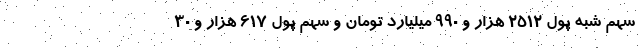
سهم شبه پول ۲۵۱۲ هزار و ۹۹۰ میلیارد تومان و سهم پول ۶۱۷ هزار و ۳۰